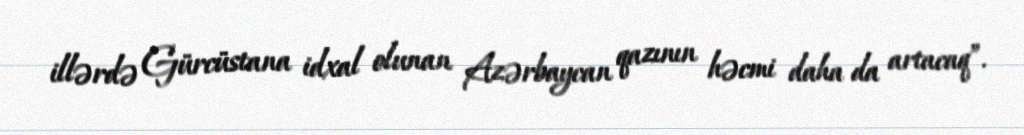
illərdə Gürcüstana idxal olunan Azərbaycan qazının həcmi daha da artacaq”.